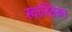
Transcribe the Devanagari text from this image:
स्वास्तिका